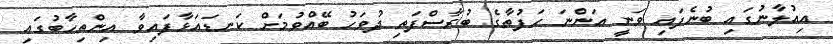
އިއުލާނުގައި ބުނެފައި ވަނީ އަންނަ ހަފުތާގެ ބުރާސްފަތި ދުވަހު ބޭއްވުމަށް ކަނޑައަޅާފައިވާ އިންތިހާބުގައި